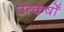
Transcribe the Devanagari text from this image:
उत्कर्षों